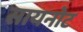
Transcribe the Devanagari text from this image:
सायनोट